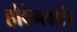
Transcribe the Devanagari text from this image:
होवेनवार्टर